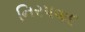
નિરપવાદ